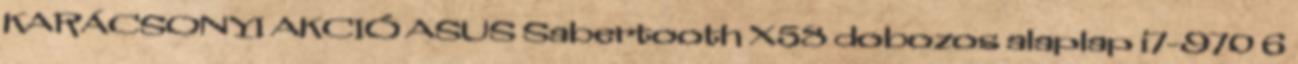
KARÁCSONYI AKCIÓ ASUS Sabertooth X58 dobozos alaplap i7-970 6